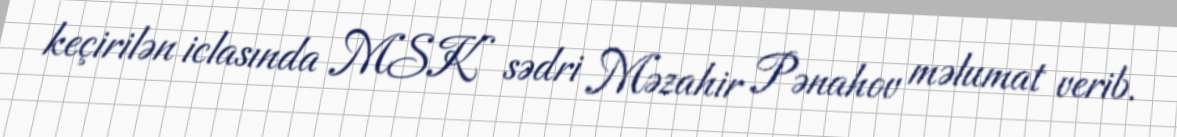
keçirilən iclasında MSK sədri Məzahir Pənahov məlumat verib.